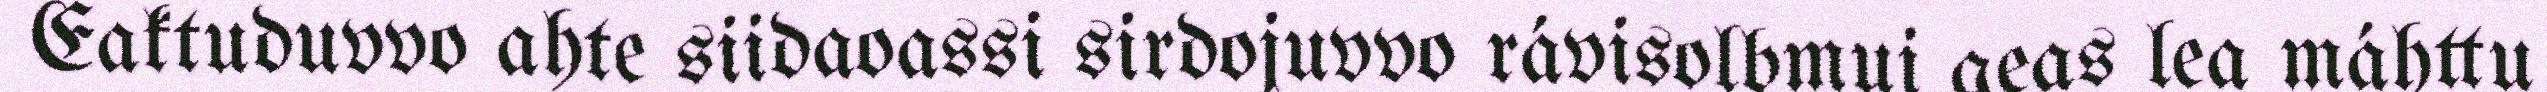
Eaktuduvvo ahte siidaoassi sirdojuvvo rávisolbmui geas lea máhttu